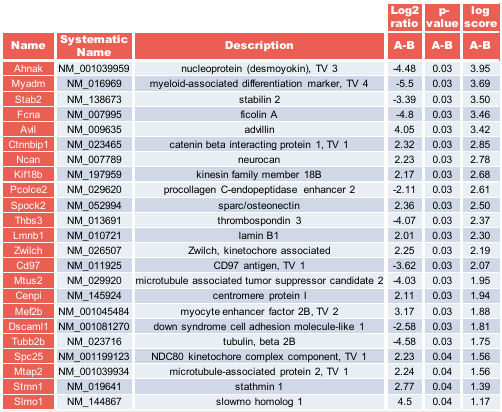
<table><thead><tr><td></td><td></td><td></td><td><b>Log2 ratio</b></td><td><b>p-value</b></td><td><b>log score</b></td></tr><tr><td><b>Name</b></td><td><b>Systematic Name</b></td><td><b>Description</b></td><td><b>A-B</b></td><td><b>A-B</b></td><td><b>A-B</b></td></tr></thead><tbody><tr><td>Ahnak</td><td>NM_001039959</td><td>nucleoprotein (desmoyokin), TV 3</td><td>−4.48</td><td>0.03</td><td>3.95</td></tr><tr><td>Myadm</td><td>NM_016969</td><td>myeloid-associated differentiation marker, TV 4</td><td>−5.5</td><td>0.03</td><td>3.69</td></tr><tr><td>Stab2</td><td>NM_138673</td><td>stabilin 2</td><td>−3.39</td><td>0.03</td><td>3.50</td></tr><tr><td>Fcna</td><td>NM_007995</td><td>ficolin A</td><td>−4.8</td><td>0.03</td><td>3.46</td></tr><tr><td>Avil</td><td>NM_009635</td><td>advillin</td><td>4.05</td><td>0.03</td><td>3.42</td></tr><tr><td>Ctnnbip1</td><td>NM_023465</td><td>catenin beta interacting protein 1, TV 1</td><td>2.32</td><td>0.03</td><td>2.85</td></tr><tr><td>Ncan</td><td>NM_007789</td><td>neurocan</td><td>2.23</td><td>0.03</td><td>2.78</td></tr><tr><td>Kif18b</td><td>NM_197959</td><td>kinesin family member 18B</td><td>2.17</td><td>0.03</td><td>2.68</td></tr><tr><td>Pcolce2</td><td>NM_029620</td><td>procollagen C-endopeptidase enhancer 2</td><td>−2.11</td><td>0.03</td><td>2.61</td></tr><tr><td>Spock2</td><td>NM_052994</td><td>sparc/osteonectin</td><td>2.36</td><td>0.03</td><td>2.50</td></tr><tr><td>Thbs3</td><td>NM_013691</td><td>thrombospondin 3</td><td>−4.07</td><td>0.03</td><td>2.37</td></tr><tr><td>Lmnb1</td><td>NM_010721</td><td>lamin B1</td><td>2.01</td><td>0.03</td><td>2.30</td></tr><tr><td>Zwilch</td><td>NM_026507</td><td>Zwilch, kinetochore associated</td><td>2.25</td><td>0.03</td><td>2.19</td></tr><tr><td>Cd97</td><td>NM_011925</td><td>CD97 antigen, TV 1</td><td>−3.62</td><td>0.03</td><td>2.07</td></tr><tr><td>Mtus2</td><td>NM_029920</td><td>microtubule associated tumor suppressor candidate 2</td><td>−4.03</td><td>0.03</td><td>1.95</td></tr><tr><td>Cenpi</td><td>NM_145924</td><td>centromere protein I</td><td>2.11</td><td>0.03</td><td>1.94</td></tr><tr><td>Mef2b</td><td>NM_001045484</td><td>myocyte enhancer factor 2B, TV 2</td><td>3.17</td><td>0.03</td><td>1.88</td></tr><tr><td>Dscaml1</td><td>NM_001081270</td><td>down syndrome cell adhesion molecule-like 1</td><td>−2.58</td><td>0.03</td><td>1.81</td></tr><tr><td>Tubb2b</td><td>NM_023716</td><td>tubulin, beta 2B</td><td>−4.58</td><td>0.03</td><td>1.75</td></tr><tr><td>Spc25</td><td>NM_001199123</td><td>NDC80 kinetochore complex component, TV 1</td><td>2.23</td><td>0.04</td><td>1.56</td></tr><tr><td>Mtap2</td><td>NM_001039934</td><td>microtubule-associated protein 2, TV 1</td><td>2.24</td><td>0.04</td><td>1.56</td></tr><tr><td>Stmn1</td><td>NM_019641</td><td>stathmin 1</td><td>2.77</td><td>0.04</td><td>1.39</td></tr><tr><td>Slmo1</td><td>NM_144867</td><td>slowmo homolog 1</td><td>4.5</td><td>0.04</td><td>1.17</td></tr></tbody></table>